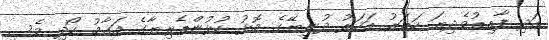
އަދި ފާއިތުވެދިޔަ ހަތަރު އަހަރު ދުނިޔޭގެ މޮޅު ކުޅުންތެރިޔާގެ މަގާމު ހޯދި މެސީ